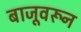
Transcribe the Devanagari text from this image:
बाजूवरून